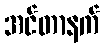
အင်တာနက်